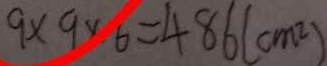
9 \times 9 \times 6 = 4 8 6 ( c m ^ { 2 } )